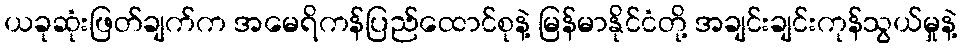
ယခုဆုံးဖြတ်ချက်က အမေရိကန်ပြည်ထောင်စုနဲ့ မြန်မာနိုင်ငံတို့ အချင်းချင်းကုန်သွယ်မှုနဲ့